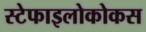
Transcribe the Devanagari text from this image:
स्टेफाइलोकोकस